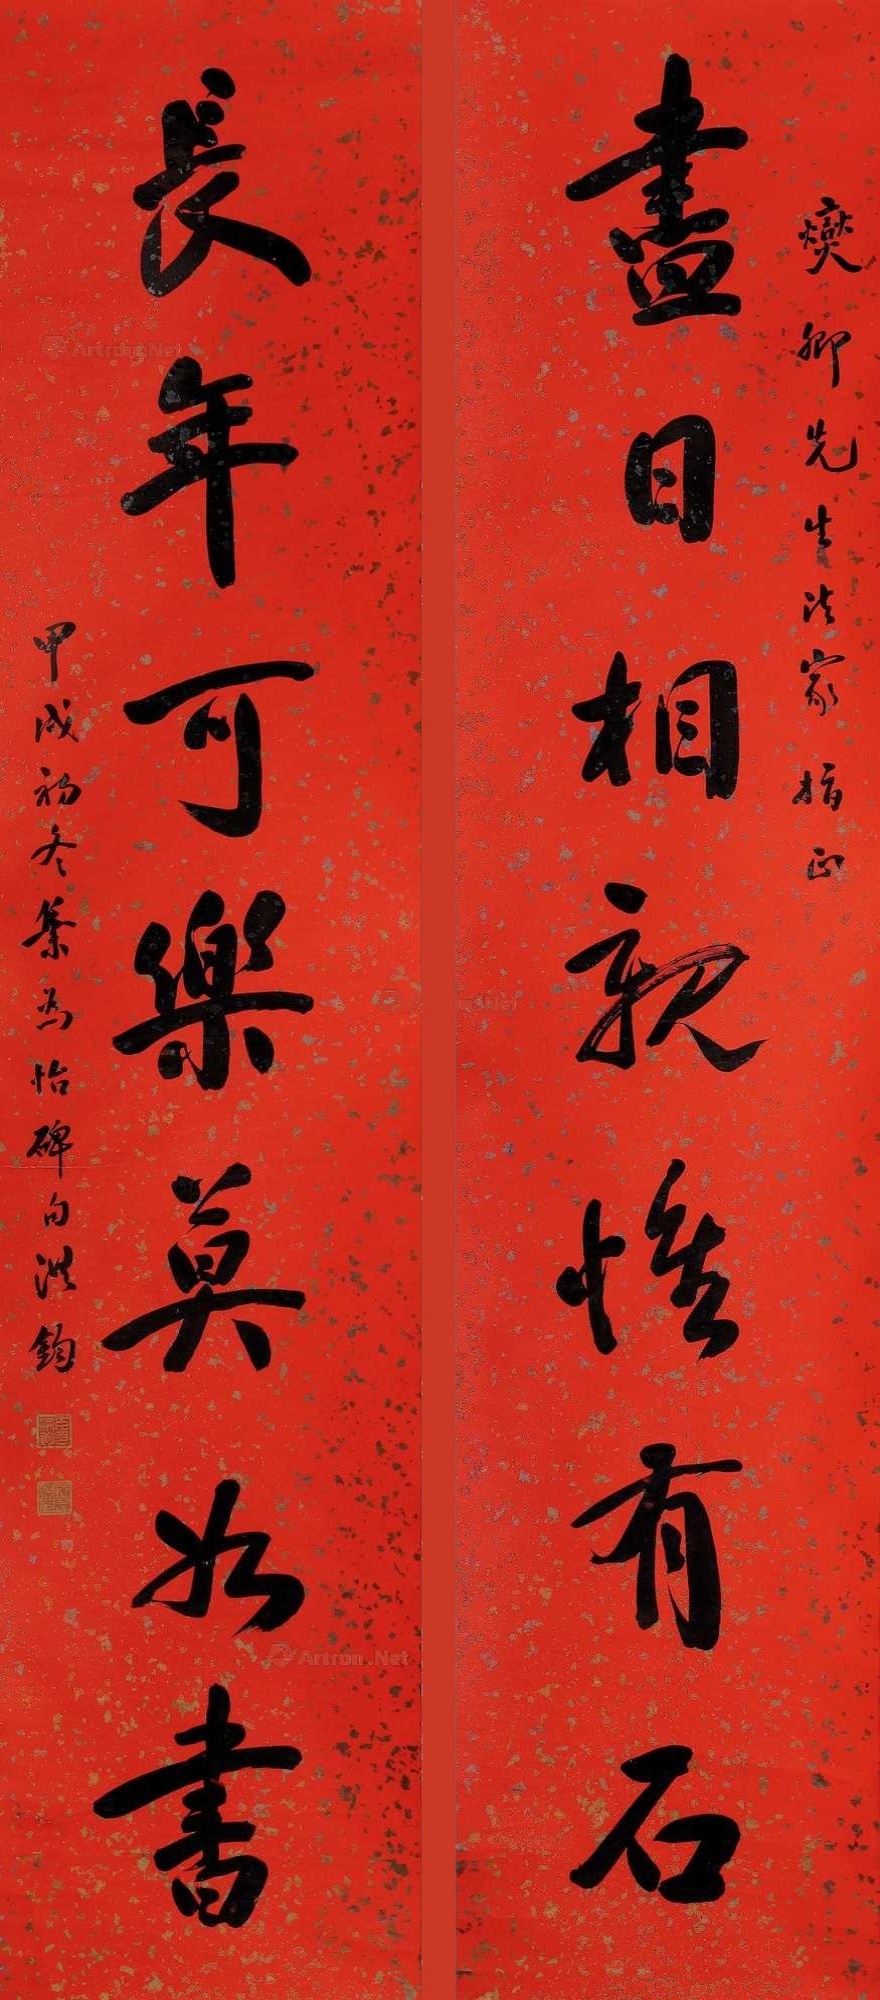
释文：尽日相亲惟有石，长年可乐莫如书。燮卿先生法家指正，甲戌初冬集为怡碑句洪钧。